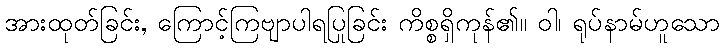
အားထုတ်ခြင်း, ကြောင့်ကြဗျာပါရပြုခြင်း ကိစ္စရှိကုန်၏။ ဝါ၊ ရုပ်နာမ်ဟူသော